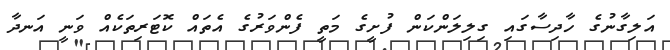
އަލިގާނުގެ ހާދިސާގައި ގިލިލަންކަން ފުށީގެ މަތީ ފެންވަރުގެ އެތައް ކޮޓަރިތަކެއް ވަނީ އަނދާ